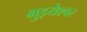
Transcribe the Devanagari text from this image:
भुइयेश्वर